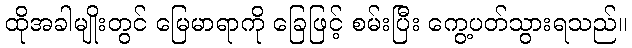
ထိုအခါမျိုးတွင် မြေမာရာကို ခြေဖြင့် စမ်းပြီး ကွေ့ပတ်သွားရသည်။